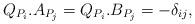
LaTeX: \begin{align*} Q_{ P_i } . A_{ P_j } = Q_{ P_i } . B_{ P_j } = -\delta_{ij},\end{align*}